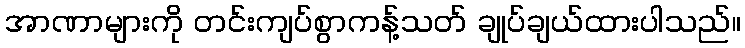
အာဏာများကို တင်းကျပ်စွာကန့်သတ် ချုပ်ချယ်ထားပါသည်။